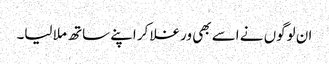
ان لوگوں نے اسے بھی ورغلا کر اپنے ساتھ ملا لیا۔